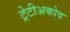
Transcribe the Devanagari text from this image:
ट्रेटीअकोव